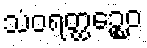
သံဝရတ္ထဉ္စေဝ